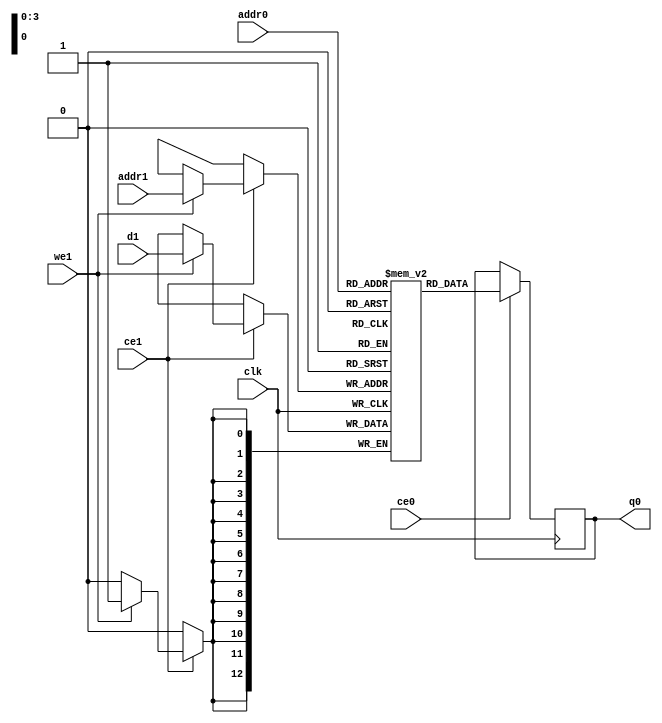
// ==============================================================
// File generated by Vivado(TM) HLS - High-Level Synthesis from C, C++ and SystemC
// Version: 2018.1
// Copyright (C) 1986-2018 Xilinx, Inc. All Rights Reserved.
// 
// ==============================================================

`timescale 1 ns / 1 ps
module process_frame_Hisg8j_ram (addr0, ce0, q0, addr1, ce1, d1, we1,  clk);

parameter DWIDTH = 13;
parameter AWIDTH = 4;
parameter MEM_SIZE = 16;

input[AWIDTH-1:0] addr0;
input ce0;
output reg[DWIDTH-1:0] q0;
input[AWIDTH-1:0] addr1;
input ce1;
input[DWIDTH-1:0] d1;
input we1;
input clk;

(* ram_style = "distributed" *)reg [DWIDTH-1:0] ram[0:MEM_SIZE-1];




always @(posedge clk)  
begin 
    if (ce0) 
    begin
            q0 <= ram[addr0];
    end
end


always @(posedge clk)  
begin 
    if (ce1) 
    begin
        if (we1) 
        begin 
            ram[addr1] <= d1; 
        end 
    end
end


endmodule